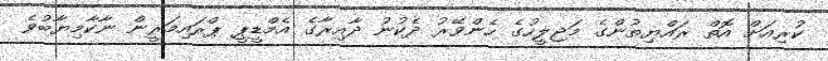
ކުރިއަށް އޮތް ރައްޔިތުންގެ މަޖިލީހުގެ ހެންވޭރު ދެކުނު ދާއިރާގެ އެމްޑީޕީ ޕްރައިމަރީން ނާކާމިޔާބުވެ